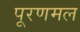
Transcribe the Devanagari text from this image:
पूरणमल